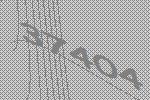
37404